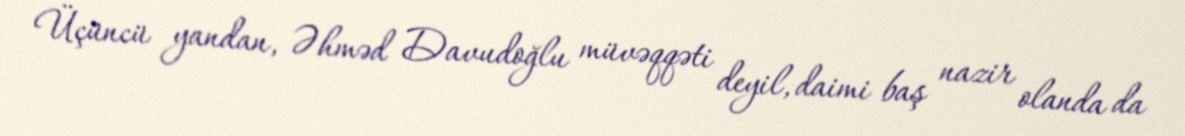
Üçüncü yandan, Əhməd Davudoğlu müvəqqəti deyil, daimi baş nazir olanda da